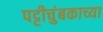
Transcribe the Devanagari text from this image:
पट्टीचुंबकाच्या